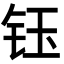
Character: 钰